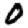
Digit: 0